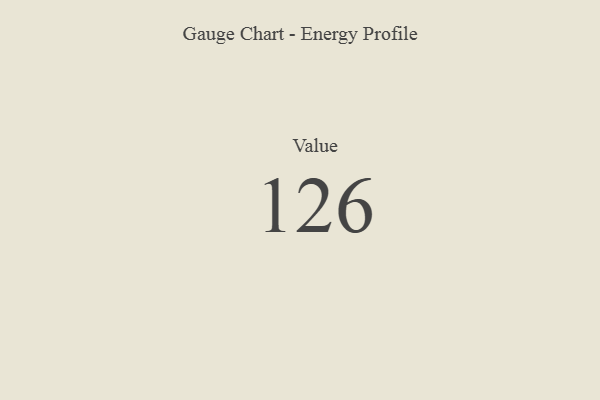
{"axis": {"x": "Metric", "y": "Value"}, "legend": [""], "data": [{"x": "Value", "y": 126, "type": ""}]}